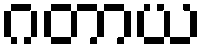
ဂတာယ